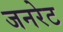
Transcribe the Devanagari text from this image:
जनरेट